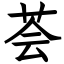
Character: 荟